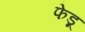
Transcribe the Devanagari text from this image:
फेडू